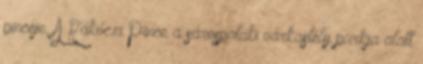
pincéje. A Rákóczi Pince a sárospataki várkastély parkja alatt